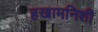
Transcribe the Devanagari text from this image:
हखामनिशी